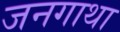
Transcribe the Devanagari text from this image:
जनगाथा